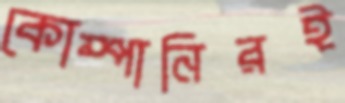
কোম্পানিরই